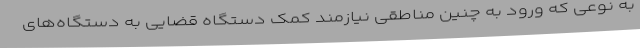
به نوعی که ورود به چنین مناطقی نیازمند کمک دستگاه قضایی به دستگاه‌های